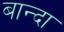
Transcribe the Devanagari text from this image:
बान्दा